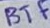
Text: BTF